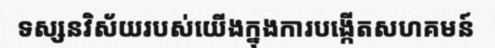
ទស្សនវិស័យរបស់យើងក្នុងការបង្កើតសហគមន៍